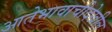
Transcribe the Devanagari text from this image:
आतेभावाचीदेखील